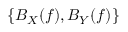
\{ B _ { X } ( f ) , B _ { Y } ( f ) \}